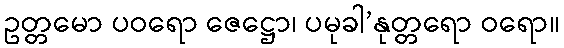
ဥတ္တမော ပဝရော ဇေဋ္ဌော၊ ပမုခါ’နုတ္တရော ဝရော။